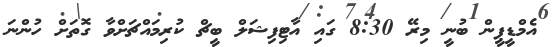
އެމްޑީޕީން ބުނީ މިރޭ 8:30 ގައި އާޓިފިޝަލް ބީޗް ކުރިމައްޗަށްވާ ގޮތަށް ހުންނަ